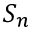
S _ { n }